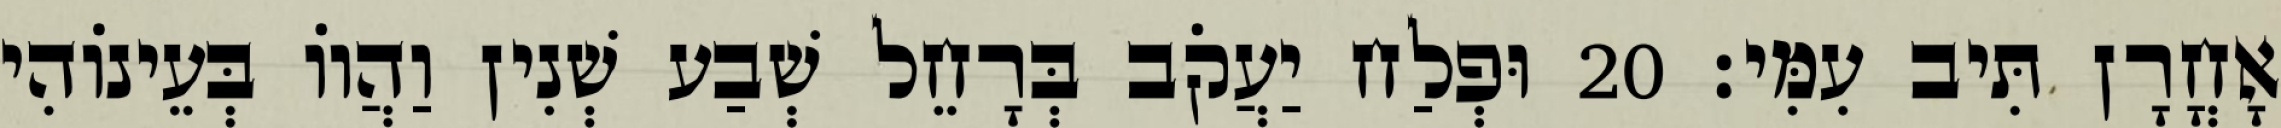
אָחֳרָן תִּיב עִמִּי׃ 20 וּפְלַח יַעֲקֹב בְּרָחֵל שְׁבַע שְׁנִין וַהֲווֹ בְּעֵינוֹהִי